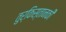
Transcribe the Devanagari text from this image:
तुर्किस्तानकी